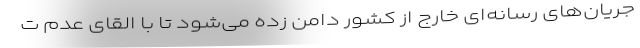
جریان‌های رسانه‌ای خارج از کشور دامن زده می‌شود تا با القای عدم ت